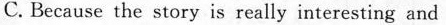
C. Because the story is really interesting and